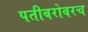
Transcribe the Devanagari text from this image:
पतीबरोबरच